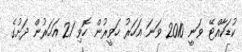
ކުޑަކާއްޓޭ ވަނީ 2010 ވަނަ އަހަރު ހަވީރުން ހޮވި 21 އަހަރުން ދަށުގެ